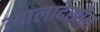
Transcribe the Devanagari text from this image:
त्यालादेखील